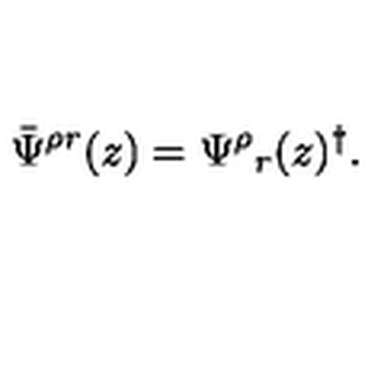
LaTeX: \bar { \Psi } ^ { \rho r } ( z ) = \Psi ^ { \rho } { } _ { r } ( z ) ^ { \dagger } .